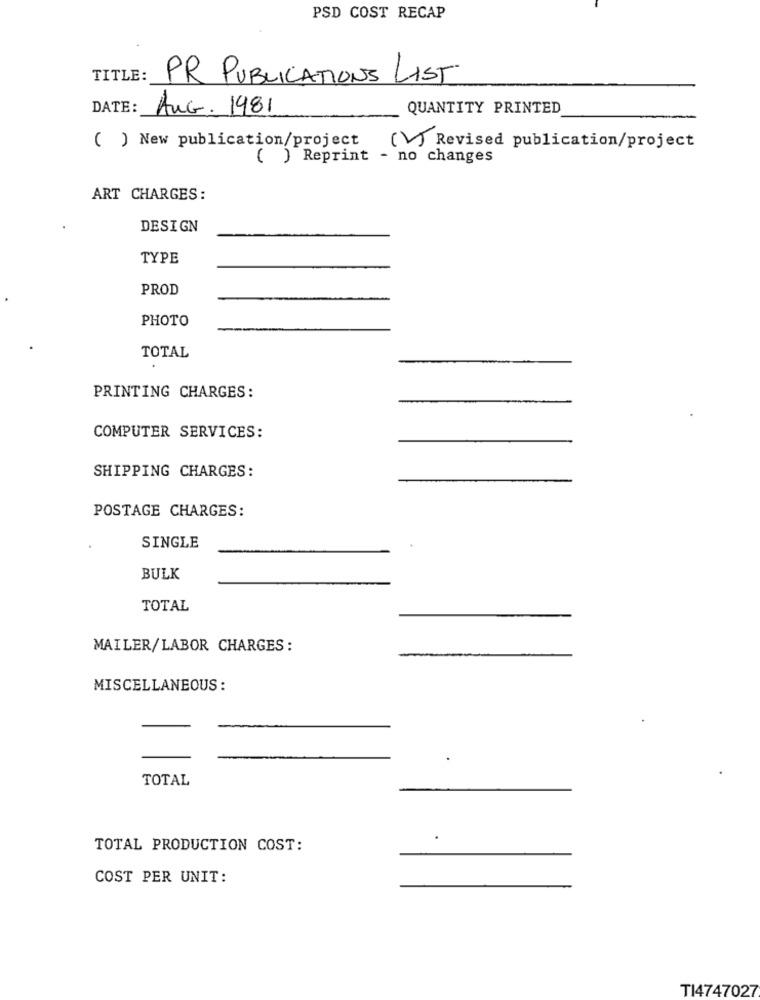
PSD COST RECAP
TITLE:
PR PUBLICATIONS LIST
DATE:
AUG. 1981
QUANTITY PRINTED
( ) New publication/project (V) Revised publication/project
( ) Reprint - no changes
ART CHARGES:
DESIGN
TYPE
PROD
PHOTO
TOTAL
PRINTING CHARGES:
COMPUTER SERVICES:
SHIPPING CHARGES:
POSTAGE CHARGES:
SINGLE
BULK
TOTAL
MAILER/LABOR CHARGES :
MISCELLANEOUS :
TOTAL
TOTAL PRODUCTION COST:
COST PER UNIT:
TI4747027